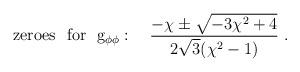
LaTeX: \begin{align*}{\rm zeroes \ \ for \ \ g_{\phi \phi}}: \ \ \ {{-\chi\pm \sqrt{-3\chi^2+4}}\over{2\sqrt{3}(\chi^2-1)}} \ .\end{align*}